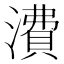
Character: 㵒